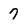
Character: 7